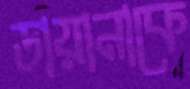
ডায়ানাকে